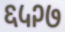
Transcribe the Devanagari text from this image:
६५२७